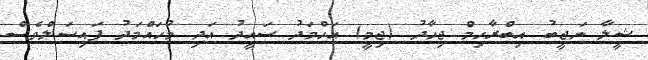
ޝީލާ ނަޖީބު އިބްރާހިމް ޖިހާދު (ޖިމީ) އަހްމަދު ސައީދު އަދި މުހައްމަދު ފައިސަލްވެސް